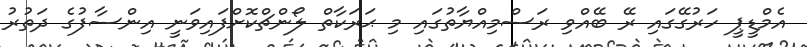
އެމްޑީޕީ ހަރުގޭގައި ރޭ ބޭއްވި ރަސްމިއްޔާތުގައި މި ޙަރަކާތް ލޯންޗްކޮށްފައިވަނީ އިންސާފުގެ ދަތުރު